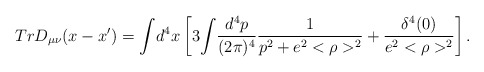
\begin{align*}TrD_{\mu\nu}(x-x')={\int}d^{4}x\left[3{\int}\frac{d^{4}p}{(2\pi)^{4}}\frac{1}{p^{2}+e^{2}<\rho>^{2}}+\frac{\delta^{4}(0)}{e^{2}<\rho>^{2}}\right].\end{align*}